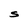
Character: S